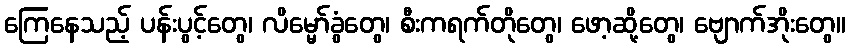
ကြေနေသည့် ပန်းပွင့်တွေ၊ လိမ္မော်ခွံတွေ၊ စီးကရက်တိုတွေ၊ ဖော့ဆို့တွေ၊ ဗျောက်အိုးတွေ။